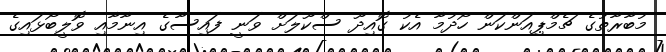
މުބާރާތުގެ ޗެމްޕިއަންކަން ހޯދުމާ އެކު ގޮއިދޫ ސްކޫލަށް ވަނީ ފައިސާގެ އިނާމާއި ވޮލީބޯޅައިގެ